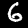
Digit: 6